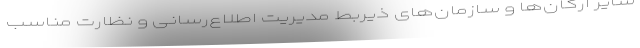
سایر ارگان‌ها و سازمان‌های ذیربط مدیریت اطلاع‌رسانی و نظارت مناسب